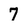
Character: 7